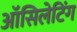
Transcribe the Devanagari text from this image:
ऑसिलेटिंग